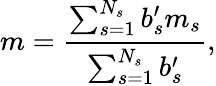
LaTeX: m=\frac{\sum_{s=1}^{N_{s}}{b_{s}^{\prime}m_{s}}}{\sum_{s=1}^{N_{s}}{b_{s}^{\prime}}},